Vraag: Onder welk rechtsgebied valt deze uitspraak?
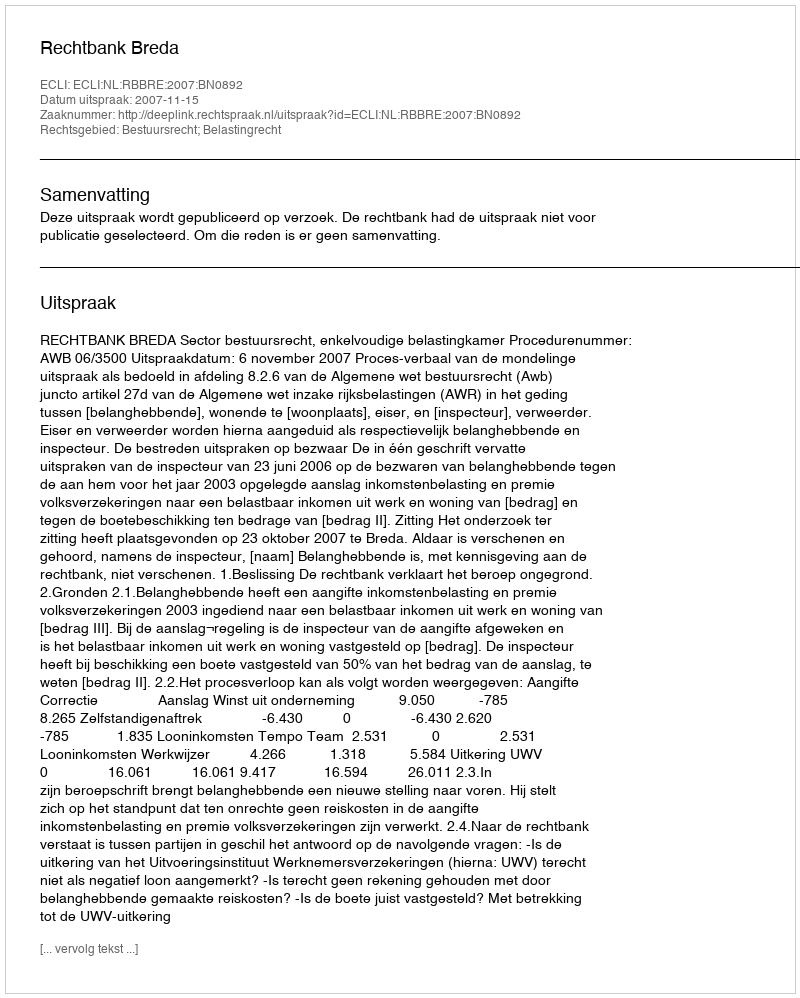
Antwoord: Bestuursrecht; Belastingrecht